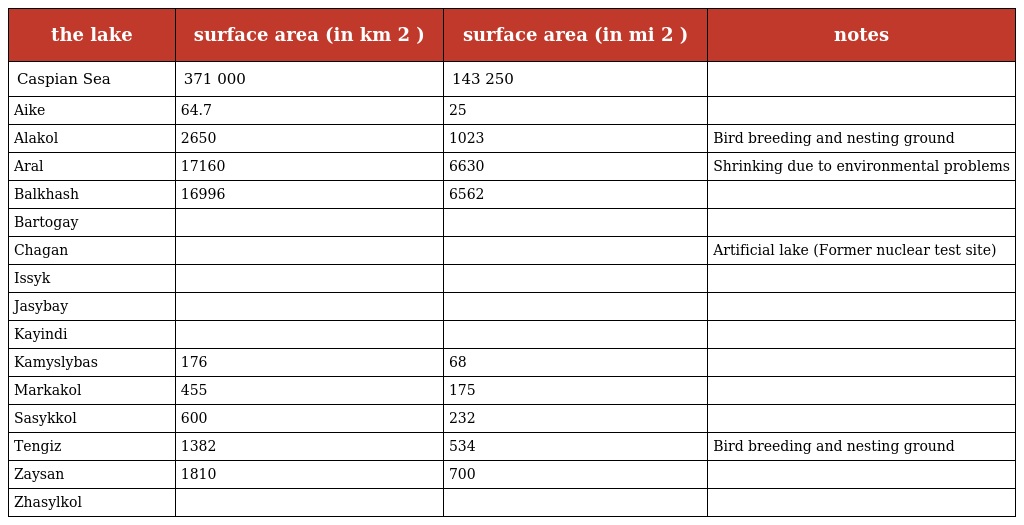
| the lake | surface area (in km 2 ) | surface area (in mi 2 ) | notes |
 | --- | --- | --- | --- |
 | Caspian Sea | 371 000 | 143 250 |  |
 | Aike | 64.7 | 25 |  |
 | Alakol | 2650 | 1023 | Bird breeding and nesting ground |
 | Aral | 17160 | 6630 | Shrinking due to environmental problems |
 | Balkhash | 16996 | 6562 |  |
 | Bartogay |  |  |  |
 | Chagan |  |  | Artificial lake (Former nuclear test site) |
 | Issyk |  |  |  |
 | Jasybay |  |  |  |
 | Kayindi |  |  |  |
 | Kamyslybas | 176 | 68 |  |
 | Markakol | 455 | 175 |  |
 | Sasykkol | 600 | 232 |  |
 | Tengiz | 1382 | 534 | Bird breeding and nesting ground |
 | Zaysan | 1810 | 700 |  |
 | Zhasylkol |  |  |  |